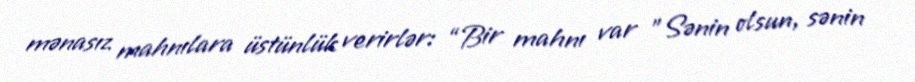
mənasız mahnılara üstünlük verirlər: “Bir mahnı var ”Sənin olsun, sənin